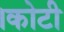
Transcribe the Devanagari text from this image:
।कोटी